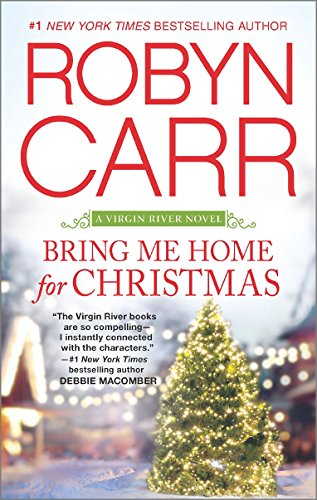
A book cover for Bring Me Home for Christmas (A Virgin River Novel); Robyn Carr; Romance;